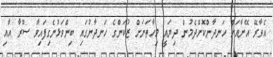
އެވާރޭ އޭނާއަށް ހަނދާންކޮށްދެމުން ދިޔައީ މިހާތަނަށް ޒުކަންގެ ހަނދާނުގައި ބިންވަޅުނެގިފައިވާ ސޫރާ އާއި